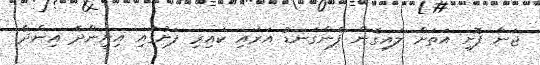
ޖަނާ ފޮށި އަތަށް ލައިގެން ފެންގަނޑު އަރައި ކައިރި ފަށުގައި އިށީންދެ އިންދާ